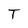
Character: T